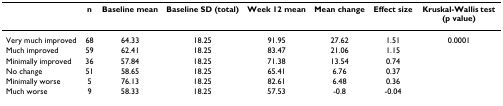
|  | n | Baseline mean | Baseline SD (total) | Week 12 mean | Mean change | Effect size | Kruskal-Wallis test (p value) |
 | --- | --- | --- | --- | --- | --- | --- | --- |
 | Very much improved | 68 | 64.33 | 18.25 | 91.95 | 27.62 | 1.51 | 0.0001 |
 | Much improved | 59 | 62.41 | 18.25 | 83.47 | 21.06 | 1.15 |  |
 | Minimally improved | 36 | 57.84 | 18.25 | 71.38 | 13.54 | 0.74 |  |
 | No change | 51 | 58.65 | 18.25 | 65.41 | 6.76 | 0.37 |  |
 | Minimally worse | 5 | 76.13 | 18.25 | 82.61 | 6.48 | 0.36 |  |
 | Much worse | 9 | 58.33 | 18.25 | 57.53 | -0.8 | -0.04 |  |